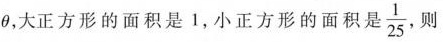
\theta，大正方形的面积是1，小正方形的面积是\frac{1}{25},则